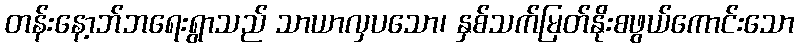
တန်းနော့ဘ်ဘရေးရွာသည် သာယာလှပသော၊ နှစ်သက်မြတ်နိုးစဖွယ်ကောင်းသော